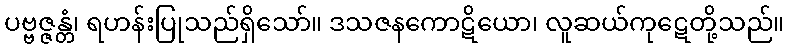
ပဗ္ဗဇ္ဇန္တံ၊ ရဟန်းပြုသည်ရှိသော်။ ဒသဇနကောဋိယော၊ လူဆယ်ကုဋေတို့သည်။